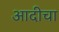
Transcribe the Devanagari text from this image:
आदीचा